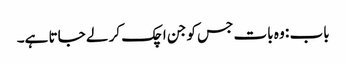
باب : وہ بات جس کو جن اچک کر لے جاتا ہے۔